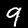
Label: 9